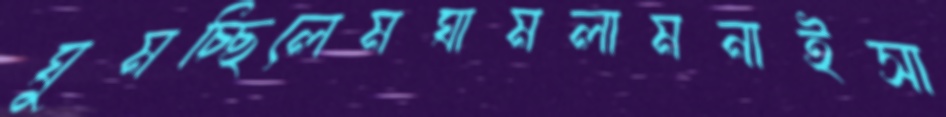
ঘুমচ্ছিলেমঘামলামনাইসা